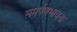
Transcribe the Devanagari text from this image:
समर्पणभावना